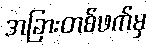
အခြားတစ်ဖက်မှ